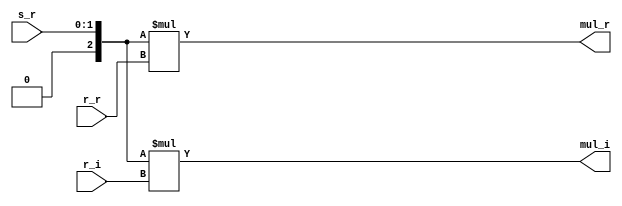
module rsmul (
    r_r, 
    r_i, 
    s_r, 
    mul_r, 
    mul_i
);
    input signed [5:0] r_r, r_i;
    input [1:0] s_r;
    output signed [8:0] mul_r, mul_i;
    
    wire signed [2:0] s;
    assign s = {1'b0, s_r};
    assign mul_r = s * r_r;
    assign mul_i = s * r_i;

endmodule